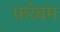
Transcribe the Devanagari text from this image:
फ़रेबम